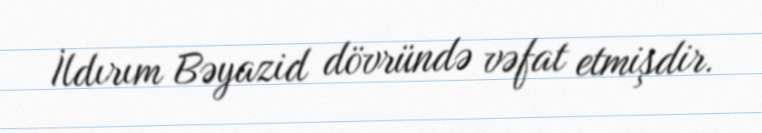
İldırım Bəyazid dövründə vəfat etmişdir.